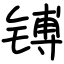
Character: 镈